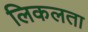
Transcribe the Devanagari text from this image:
लिकलता